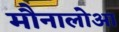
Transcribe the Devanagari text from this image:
मौनालोआ